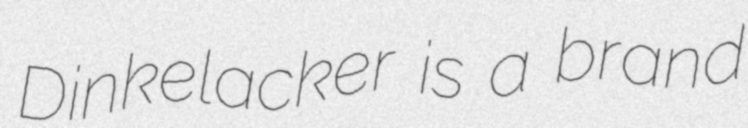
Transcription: Dinkelacker is a brand